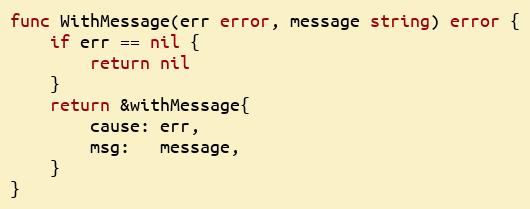
Language: Go
func WithMessage(err error, message string) error {
	if err == nil {
		return nil
	}
	return &withMessage{
		cause: err,
		msg:   message,
	}
}